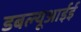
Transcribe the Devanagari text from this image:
डबल्यूआईई